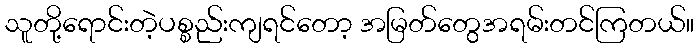
သူတို့ရောင်းတဲ့ပစ္စည်းကျရင်တော့ အမြတ်တွေအရမ်းတင်ကြတယ်။